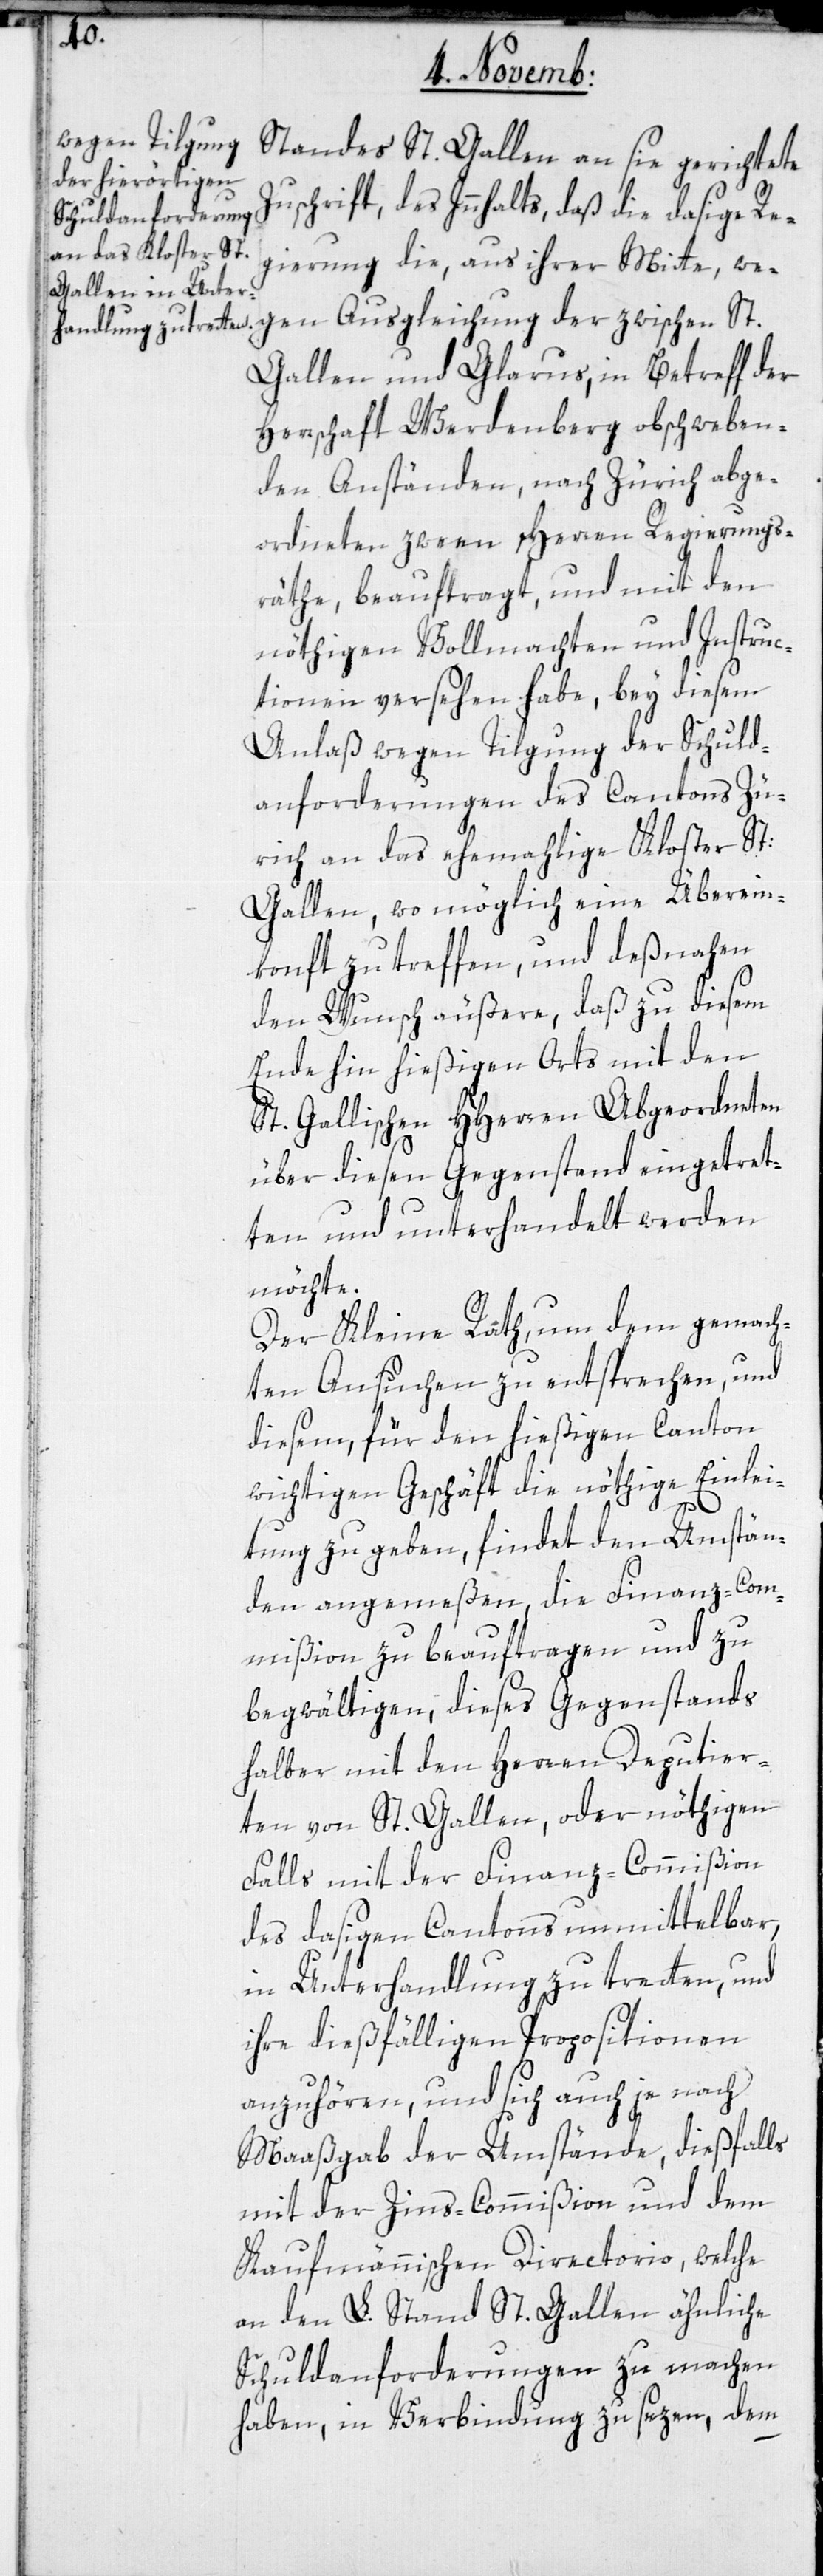
Standes St. Gallen an sie gerichtete
Zuschrift des Innhalts, daß die dasige Re¬
gierung die, aus ihrer Mitte, we¬
gen Ausgleichung der zwischen St.
Gallen und Glarus, in Betreff der
Herrschaft Werdenberg obschweben¬
den Anständen, nach Zürich abge¬
ordneten zween Herren Regierungs¬
räthe, beauftragt, und mit den
nöthigen Vollmachten und Instruc¬
tionen versehen habe, bey diesem
Anlaß wegen Tilgung der Schuld¬
anforderungen des Cantons Zü¬
rich an das ehemalige Kloster St:
Gallen, wo möglich eine Überein¬
konft zu treffen, und deßnahen
den Wunsch äußere, daß zu diesem
Ende hin hießigen Orts mit den
St. Gallischen HHerren Abgeordneten
über diesen Gegenstand eingetret¬
en und unterhandelt werden
möchte.
Der Kleine Rath, um dem gemach¬
ten Ansuchen zu entsprechen, und
diesem, für den hießigen Canton
wichtigen Geschäft die nöthige Einlei¬
tung zu geben, findet den Umstän¬
den angemeßen, die Finanz-Com¬
mißion zu beauftragen und zu
begwältigen, dieses Gegenstands
halber mit den Herren Deputier¬
ten von St. Gallen, oder nöthigen
Falls mit der Finanz-Commißion
des dasigen Cantons unmittelbar,
in Unterhandlung zu treten, und
ihre dießfälligen Propositionen
anzuhören, und sich auch je nach
Maaßgab der Umstände, dießfalls
mit der Zins-Commißion und dem
Kaufmännischen Directorio, welche
an den L. Stand St. Gallen ähnliche
Schuldanforderungen zu machen
haben, in Verbindung zu setzen, dem